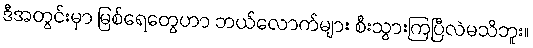
ဒီအတွင်းမှာ မြစ်ရေတွေဟာ ဘယ်လောက်များ စီးသွားကြပြီလဲမသိဘူး။